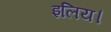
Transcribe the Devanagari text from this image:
इलिय।